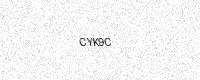
Text: CYK9C